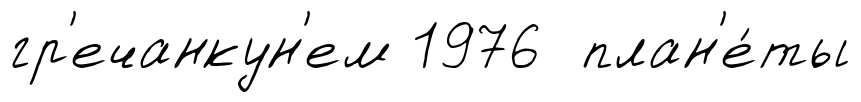
гр'ечанкун'ем 1976 план'е́ты